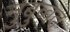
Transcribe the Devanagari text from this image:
नुबुव्वत